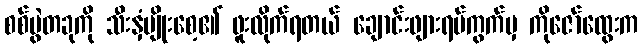
စစ်ပွဲတခုကို သီးနှံမျိုးစေ့၏ ဖူးလိုက်ရတယ် ချောင်းဖျားရပ်ကွက်မှ ကိုဇော်ထွေးက